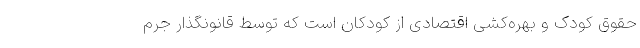
حقوق کودک و بهره‌کشی اقتصادی از کودکان است که توسط قانونگذار جرم